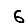
Digit: 6